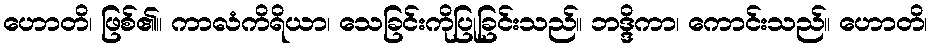
ဟောတိ၊ ဖြစ်၏။ ကာလံကိရိယာ၊ သေခြင်းကိုပြုခြင်းသည်။ ဘဒ္ဒိကာ၊ ကောင်းသည်။ ဟောတိ၊